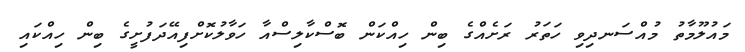
މައުލޫމާތު މުއްސަނދިވި ހަތަރު ރަށެއްގެ ބިން ހިއްކަން ބޮސްކާލިސްއާ ހަވާލުކޮށްފިއޭދަފުށީގެ ބިން ހިއްކައި